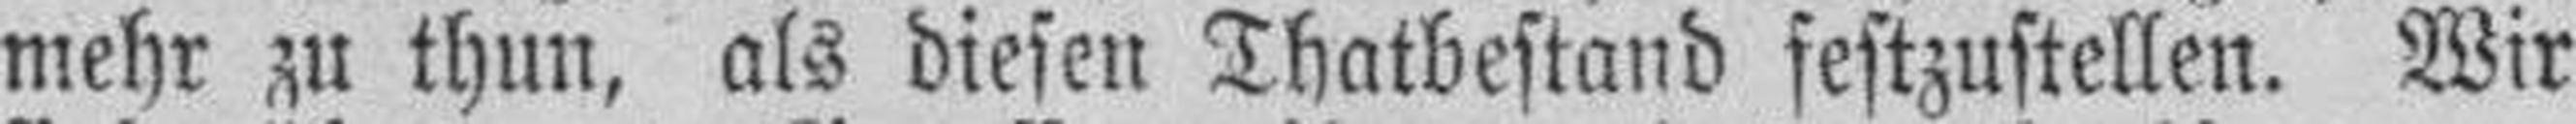
mehr zu thun, als diesen Thatbestand festzustellen. Wir